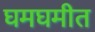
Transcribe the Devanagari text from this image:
घमघमीत